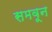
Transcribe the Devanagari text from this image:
समवून